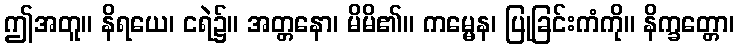
ဤအတူ။ နိရယေ၊ ငရဲ၌။ အတ္တနော၊ မိမိ၏။ ကမ္မေန၊ ပြုခြင်းကံကို။ နိက္ခတ္တော၊